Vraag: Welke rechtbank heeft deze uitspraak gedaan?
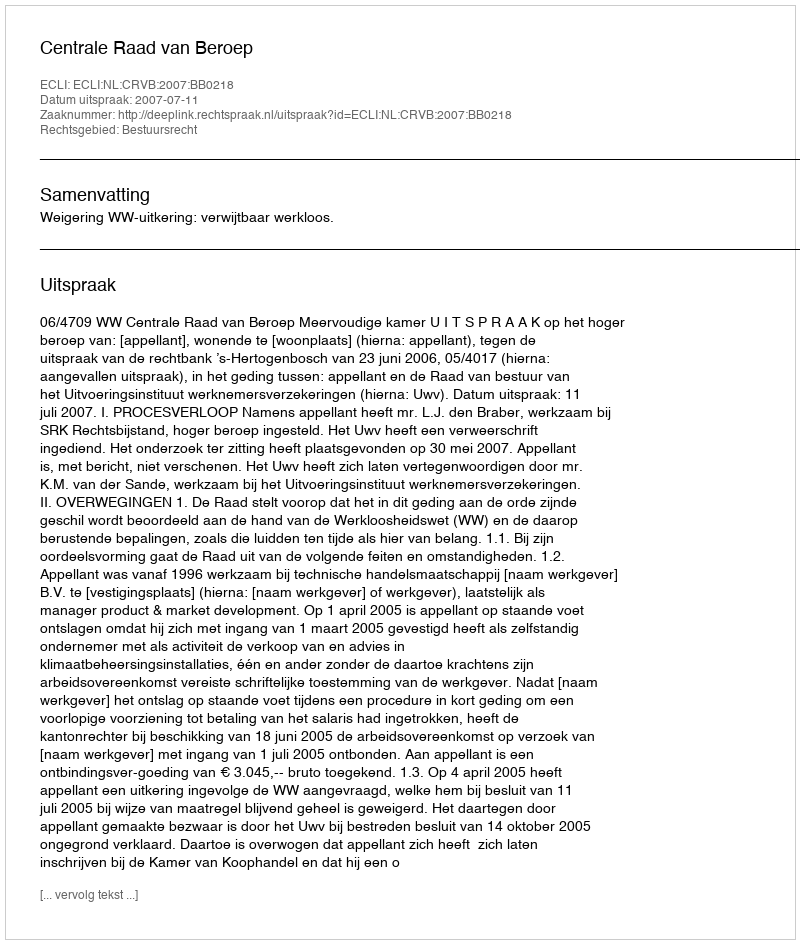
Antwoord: Centrale Raad van Beroep